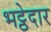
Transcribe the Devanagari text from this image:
भट्ठेदार